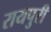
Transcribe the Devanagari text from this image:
रायपुरी